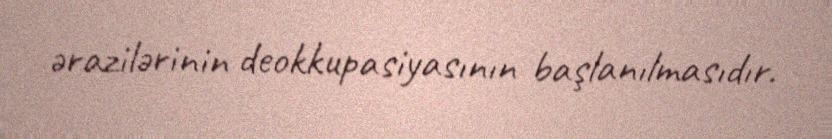
ərazilərinin deokkupasiyasının başlanılmasıdır.